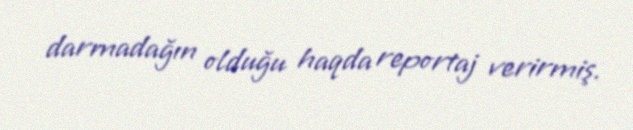
darmadağın olduğu haqda reportaj verirmiş.